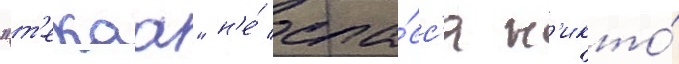
"т'екаа" н'е́ спа́сс'я н'икто́